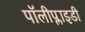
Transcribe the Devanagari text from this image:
पॉलीप्लाइडी